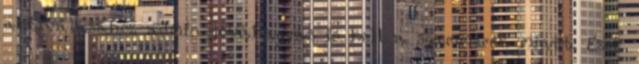
aktiválásához admin jóváhagyás is kell a spammerek miatt. Ezek